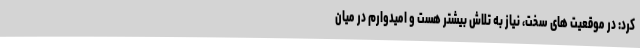
کرد: در موقعیت های سخت، نیاز به تلاش بیشتر هست و امیدوارم در میان